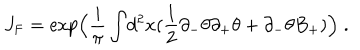
J _ { \mathrm { { F } } } = \exp \Bigl ( \frac { i } { \pi } \int \! d ^ { 2 } x ( \frac { 1 } { 2 } \partial _ { - } \theta \partial _ { + } \theta + \partial _ { - } \theta B _ { + } ) \Bigr ) \; .